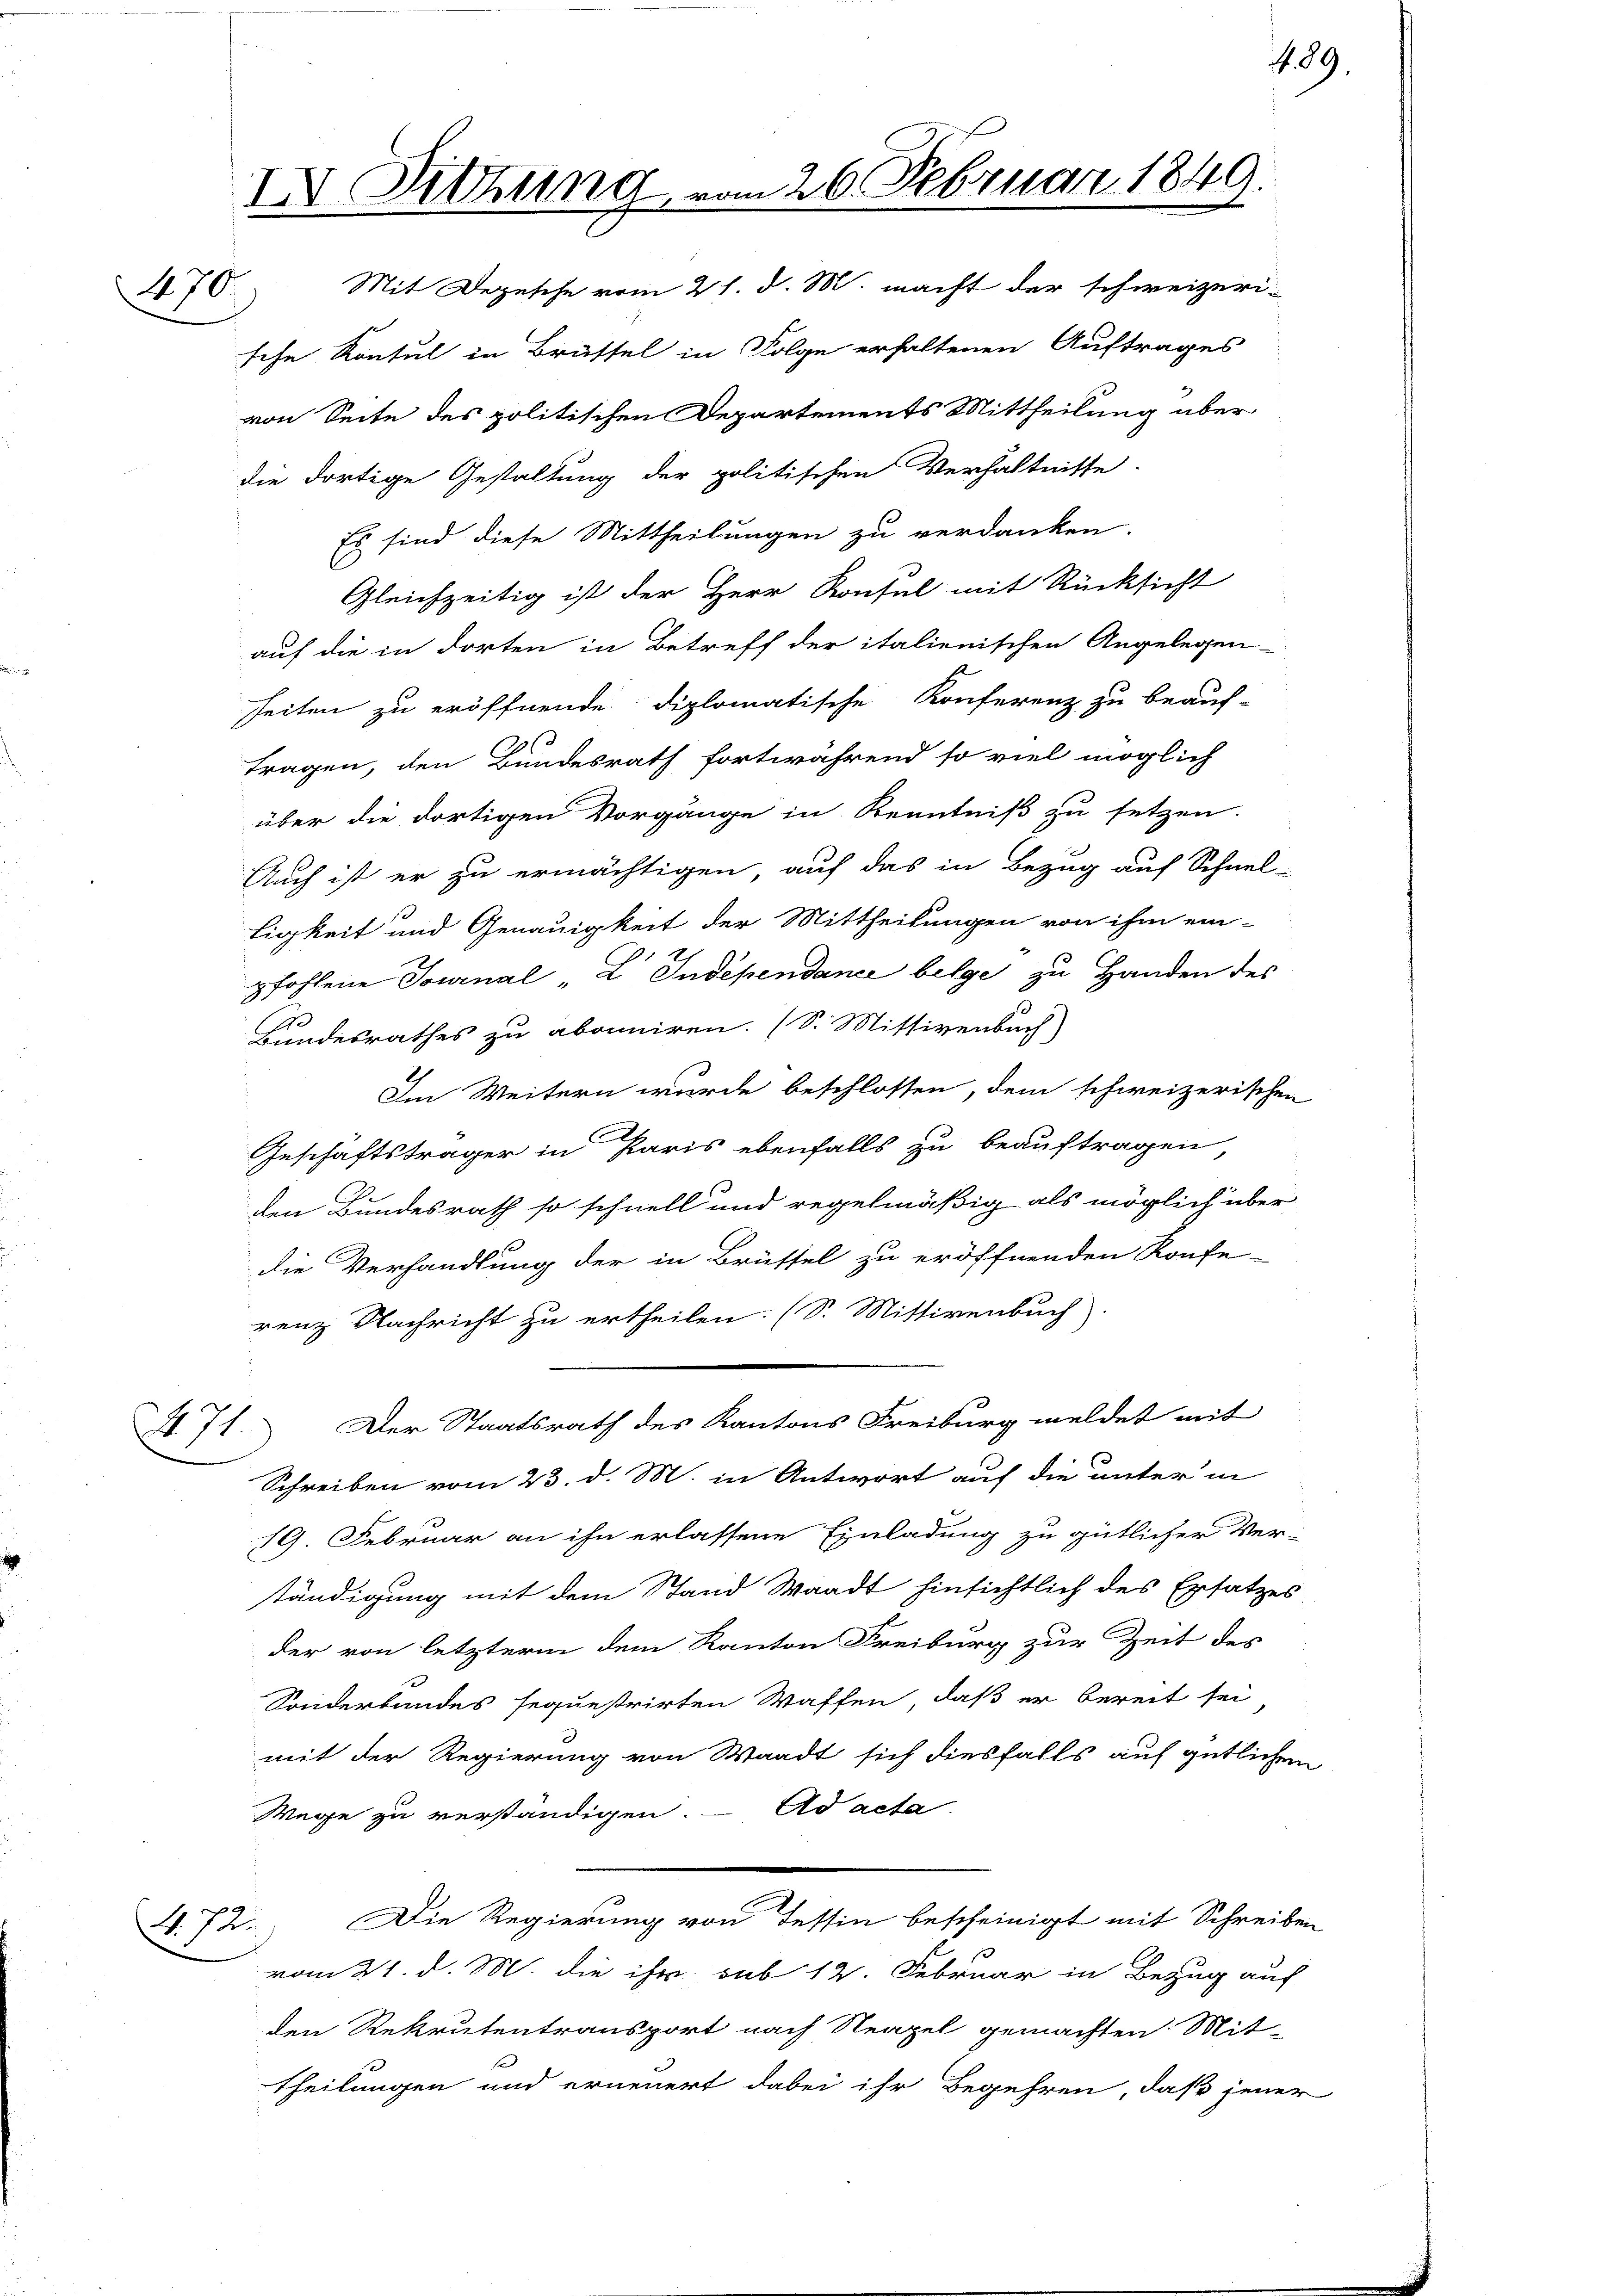
IV. Sitzung vom 26. Februar 1849.
270. Mit Depesche vom 21. d. M. macht der schweizeri-
sche Konsul in Brüttel in Folge erhaltenen Auftrages

71.

(1. 72.

von Seite des politischen Departements Mittheilung über
die dortige Gestaltung der politischen Verhältnisse
Es sind diese Mittheilungen zu verdanken.
Gleichzeitig ist der Herr Konsul mit Rücksicht
auf die in dorten in Betreff der italienischen Angelegen-
heiten zu eröffnende diplomatische Konferenz zu beauf-
tragen, den Bundesrath fortwährend so viel möglich
über die dortigen Vorgänge in Kenntniß zu setzen.
Auch ist er zu ermächtigen, auf das in Bezug auf Schnel-
ligkeit und Genauigkeit der Mittheilungen von ihm ein-
pfohlene Tournal L. Independance belge zu Handen des
1
Bundesrathes zu abonniren. (S. Missivenbuch)
Im Weitern wurde beschlossen, dem schweizerischen
Geschäftsträger in Paris ebenfalls zu beauftragen
den Bundesrath so schnell und regelmäßig als möglich über
die Verhandlung der in Brüssel zu eröffnenden Konfe-
renz Nachricht zu ertheilen. (S. Mittirenbuch
Der Staatsrath des Kantons Freiburg meldet mit
Schreiben vom 23. d. M. in Antwort auf die unter in
19. Februar an ihn erlassene Einladung zu gütlicher Ver-
ständigung mit dem Stand Waadt hinsichtlich des Ersatzes-
der von letzterm dem Kanton Freiburg zur Zeit des
Sonderbundes sequestrirten Waffen, daß er bereit sei
mit der Regierung von Waadt sich diesfalls auf gütlichen
Wege zu verständigen ad acta
Die Regierung von Tessin bescheinigt mit Schreiben
vom 21. d. M. die ihr sub 12. Februar in Bezug auf
den Rekrutentransport nach Neapel gemachten Mit-
theilungen und erneuert dabei ihr Begehren, daß jener

N. 89.